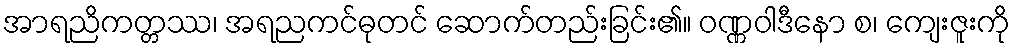
အာရညိကတ္တဿ၊ အရညကင်ဓုတင် ဆောက်တည်းခြင်း၏။ ဝဏ္ဏဝါဒီနော စ၊ ကျေးဇူးကို